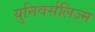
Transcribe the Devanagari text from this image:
युनिवर्सलिज्म